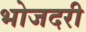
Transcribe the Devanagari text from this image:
भोजदरी